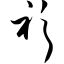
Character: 衫